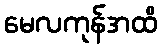
မေလကုန်အထိ